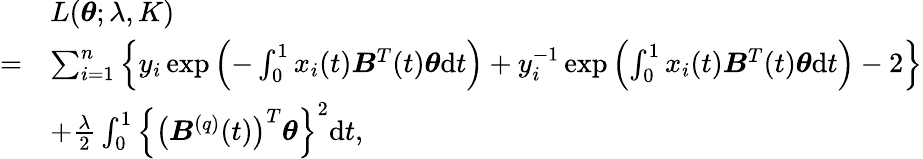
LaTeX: \begin{array}{rl}&{L(\boldsymbol{\theta};\lambda,K)}\\ {=}&{\sum_{i=1}^{n}\left\{ y_{i}\exp\left(-\int_{0}^{1}x_{i}(t)\boldsymbol{B}^{T}(t)\boldsymbol{\theta}\mathrm{d}t\right)+y_{i}^{-1}\exp\left(\int_{0}^{1}x_{i}(t)\boldsymbol{B}^{T}(t)\boldsymbol{\theta}\mathrm{d}t\right)-2\right\} }\\ &{+\frac{\lambda}{2}\int_{0}^{1}\left\{ \left(\boldsymbol{B}^{(q)}(t)\right)^{T}\boldsymbol{\theta}\right\} ^{2}\mathrm{d}t,}\end{array}